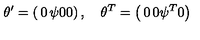
\theta ^ { \prime } = \left( \begin{matrix} { 0 } & { \psi } \\ { 0 } & { 0 } \\ \end{matrix} \right) , \quad \theta ^ { T } = \left( \begin{matrix} { 0 } & { 0 } \\ { \psi ^ { T } } & { 0 } \\ \end{matrix} \right)